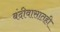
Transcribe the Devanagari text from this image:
बंदीवासातही